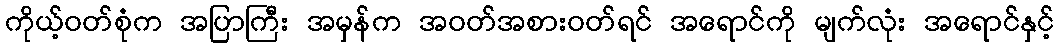
ကိုယ့်ဝတ်စုံက အပြာကြီး အမှန်က အဝတ်အစားဝတ်ရင် အရောင်ကို မျက်လုံး အရောင်နှင့်